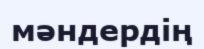
мәндердің